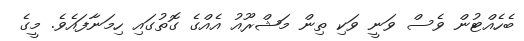
ބެހެއްޓުން ވެސް ވަނީ ވަކި ތިން މަޝްރޫއު އެއްގެ ގޮތުގައި ހިމަނާފައެވެ. މީގެ